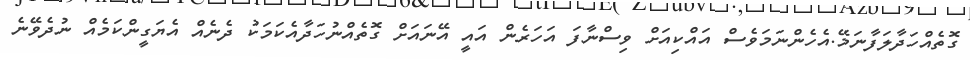
ގޮތެއްހަދާލަފާނަމޭ.އެހެންނަމަވެސް އައްކިއަށް ވިސްނާފަ އަަހަރެން އައީ އޭނައަށް ގޮތެއްނުހަދާއެކަމަކު ދެނެއްް އެޔަގީންކަމެއް ނުދެވޭނެ